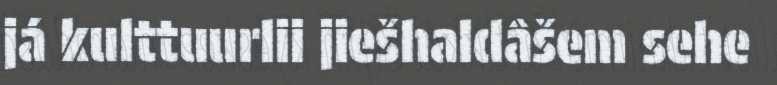
já kulttuurlii jiešhaldâšem sehe